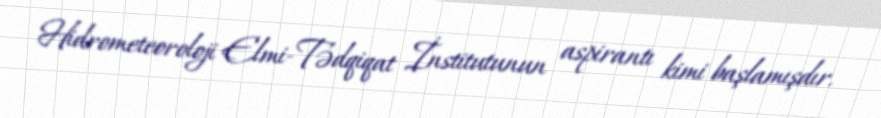
Hidrometeoroloji Elmi-Tədqiqat İnstitutunun aspirantı kimi başlamışdır.